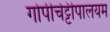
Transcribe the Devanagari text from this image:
गोपीचेट्टीपालयम